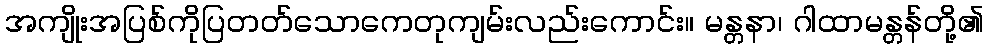
အကျိုးအပြစ်ကိုပြတတ်သောကေတုကျမ်းလည်းကောင်း။ မန္တနာ၊ ဂါထာမန္တန်တို့၏